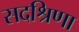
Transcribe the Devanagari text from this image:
सदश्रिणा